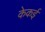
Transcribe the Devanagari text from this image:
केकई